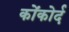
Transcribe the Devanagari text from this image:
कोंकोर्द